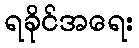
ရခိုင်အရေး